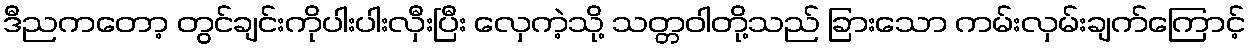
ဒီညကတော့ တွင်ချင်းကိုပါးပါးလှီးပြီး လှေကဲ့သို့ သတ္တဝါတို့သည် ခြားသော ကမ်းလှမ်းချက်ကြောင့်